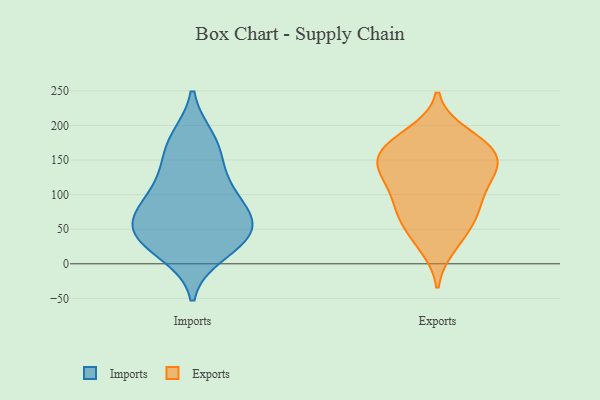
{"axis": {"x": "Gross Profit (USD K)", "y": "Value"}, "legend": ["Exports", "Imports"], "data": [{"x": "", "y": 35, "type": "Imports"}, {"x": "", "y": 113, "type": "Imports"}, {"x": "", "y": 49, "type": "Imports"}, {"x": "", "y": 73, "type": "Imports"}, {"x": "", "y": 174, "type": "Imports"}, {"x": "", "y": 48, "type": "Imports"}, {"x": "", "y": 147, "type": "Imports"}, {"x": "", "y": 16, "type": "Imports"}, {"x": "", "y": 61, "type": "Imports"}, {"x": "", "y": 32, "type": "Imports"}, {"x": "", "y": 180, "type": "Imports"}, {"x": "", "y": 81, "type": "Imports"}, {"x": "", "y": 105, "type": "Imports"}, {"x": "", "y": 176, "type": "Exports"}, {"x": "", "y": 116, "type": "Exports"}, {"x": "", "y": 136, "type": "Exports"}, {"x": "", "y": 141, "type": "Exports"}, {"x": "", "y": 178, "type": "Exports"}, {"x": "", "y": 25, "type": "Exports"}, {"x": "", "y": 163, "type": "Exports"}, {"x": "", "y": 146, "type": "Exports"}, {"x": "", "y": 160, "type": "Exports"}, {"x": "", "y": 188, "type": "Exports"}, {"x": "", "y": 63, "type": "Exports"}, {"x": "", "y": 77, "type": "Exports"}, {"x": "", "y": 83, "type": "Exports"}, {"x": "", "y": 37, "type": "Exports"}, {"x": "", "y": 150, "type": "Exports"}, {"x": "", "y": 68, "type": "Exports"}, {"x": "", "y": 120, "type": "Exports"}, {"x": "", "y": 104, "type": "Exports"}]}